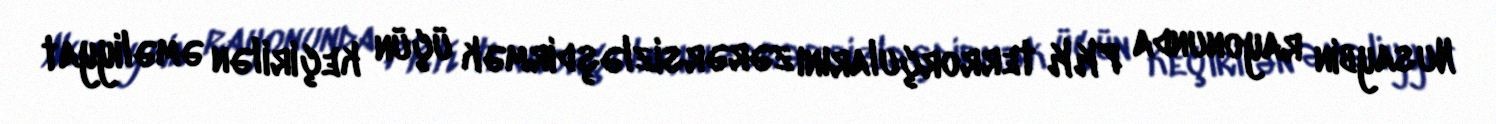
Nusaybin rayonunda PKK terrorçularını zərərsizləşdirmək üçün keçirilən əməliyyat